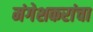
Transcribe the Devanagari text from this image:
मंगेशकरांचा